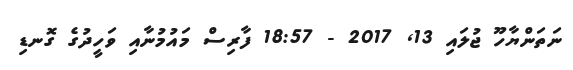
ނަތަންޔާހޫ ޖުލައި 13